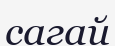
сагай